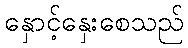
နှောင့်နှေးစေသည်